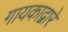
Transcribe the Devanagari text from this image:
गायकाद्वारे